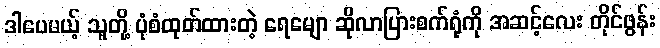
ဒါပေမယ့် သူတို့ ပုံစံထုတ်ထားတဲ့ ရေမျော ဆိုလာပြားစက်ရုံကို အဆင့်လေး တိုင်ဖွန်း